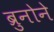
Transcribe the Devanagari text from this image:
ब्रुनोने